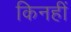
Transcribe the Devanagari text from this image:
किनहीं